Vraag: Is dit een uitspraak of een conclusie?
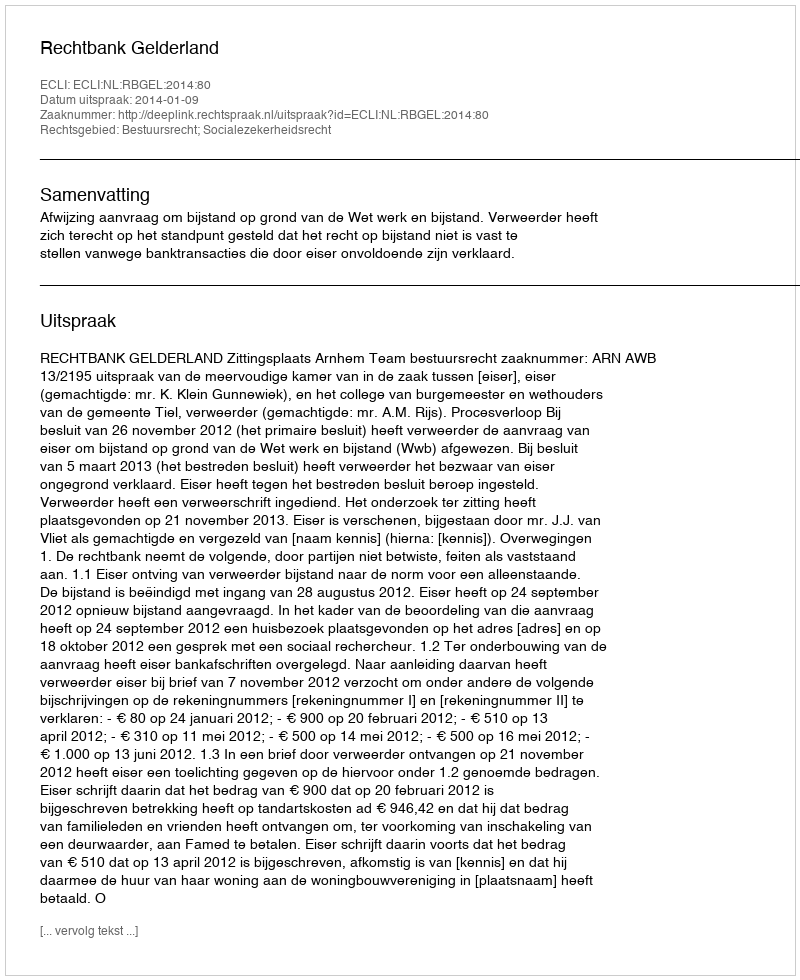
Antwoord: Uitspraak